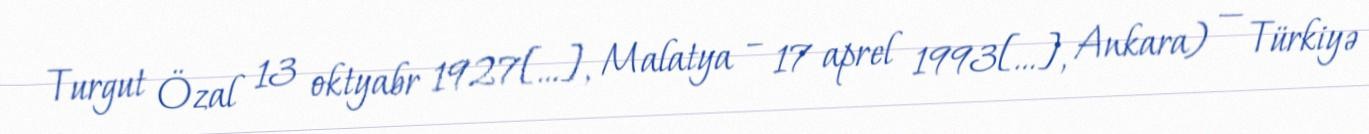
Turgut Özal 13 oktyabr 1927[…], Malatya – 17 aprel 1993[…], Ankara) — Türkiyə